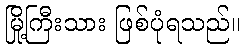
မြို့ကြီးသား ဖြစ်ပုံရသည်။